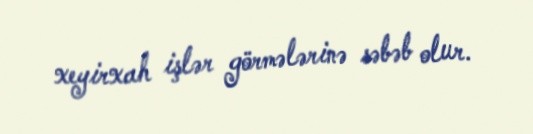
xeyirxah işlər görmələrinə səbəb olur.